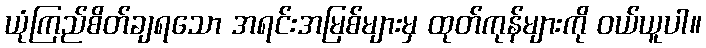
ယုံကြည်စိတ်ချရသော အရင်းအမြစ်များမှ ထုတ်ကုန်များကို ဝယ်ယူပါ။